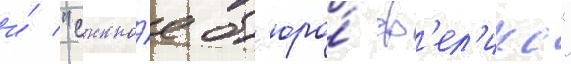
и́ "сыскно́е б'юро́ ф'ел'икс"